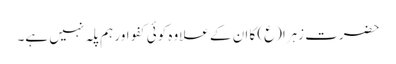
حضرت زہرا(ع) کا ان کے علاوہ کوئی کفو اور ہم پلہ نہیں ہے۔